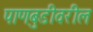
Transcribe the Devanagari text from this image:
पाणबुडीवरील